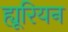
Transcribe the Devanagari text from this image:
ह्यूरियन